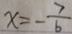
x = - \frac { 7 } { 6 }